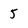
Character: 5